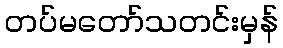
တပ်မတော်သတင်းမှန်